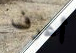
أعرف